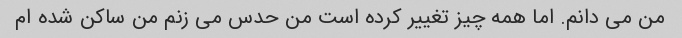
من می دانم. اما همه چیز تغییر کرده است من حدس می زنم من ساکن شده ام